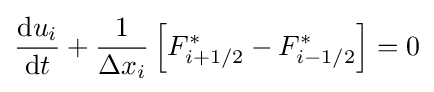
{\frac {\mathrm {d} u_{i}}{\mathrm {d} t}}+{\frac {1}{\Delta x_{i}}}\left[F_{i+1/2}^{*}-F_{i-1/2}^{*}\right]=0